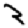
Digit: 2